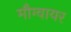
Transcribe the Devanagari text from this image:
मौग्वायर